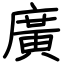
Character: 廣